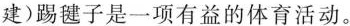
建)踢毽子是一项有益的体育活动。